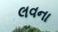
લવના